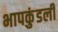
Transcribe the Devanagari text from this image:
भापकुंडली